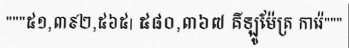
"""៥១,៣៩២,៥៦៥| ៥៨០,៣៦៧ គីឡូម៉ែត្រ ការ៉េ"""